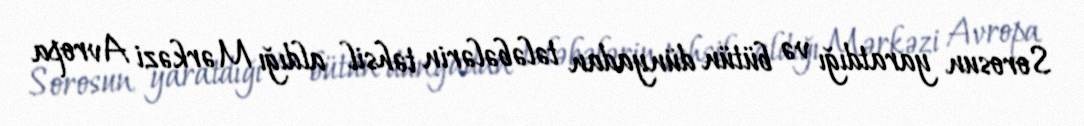
Sorosun yaratdığı və bütün dünyadan tələbələrin təhsil aldığı Mərkəzi Avropa